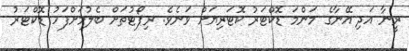
ރީނާ އަދި އޭނާގެ މަންމަ ޑޮކްޓަރު ކޮޓަރިޔަށް ވަނެވެ. ރިޕޯޓުތަށް ބެލުމަށްފަހު ޑޮކްޓަރު